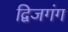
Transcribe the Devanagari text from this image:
द्विजगंग